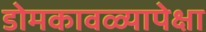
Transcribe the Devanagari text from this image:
डोमकावळ्यापेक्षा